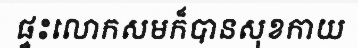
ផ្ទះលោកសមក៏បានសុខកាយ